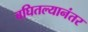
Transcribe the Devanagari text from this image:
बघितल्यानंतर